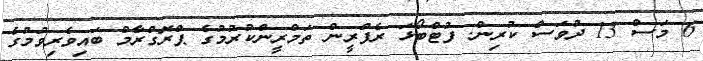
6 މަސް 13 ދުވަސް ކުރިން. ފުޓްބޯޅަ ރެފްރީން ތަމްރީންކުރުމުގެ ޕްރޮގްރާމް ބައިވެރިވުމުގެ